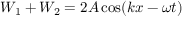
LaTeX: W _ { 1 } + W _ { 2 } = 2 A \cos ( k x - \omega t )